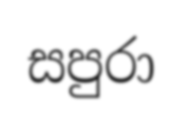
සපුරා